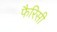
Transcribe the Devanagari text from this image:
फैरिसी